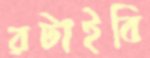
রটাইবি